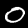
Label: 0